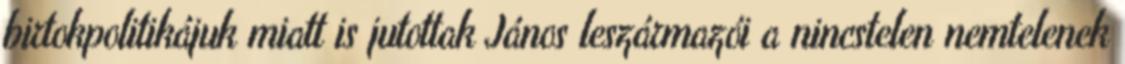
birtokpolitikájuk miatt is jutottak János leszármazói a nincstelen nemtelenek